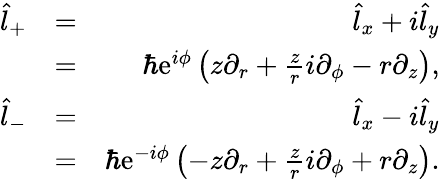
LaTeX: \begin{array}{rlr}{\hat{l}_{+}}&{=}&{\hat{l}_{x}+i\hat{l}_{y}}\\ &{=}&{\hbar\mathrm{e}^{i\phi}\left(z\partial_{r}+\frac{z}{r}i\partial_{\phi}-r\partial_{z}\right),}\\ {\hat{l}_{-}}&{=}&{\hat{l}_{x}-i\hat{l}_{y}}\\ &{=}&{\hbar\mathrm{e}^{-i\phi}\left(-z\partial_{r}+\frac{z}{r}i\partial_{\phi}+r\partial_{z}\right).}\end{array}